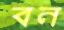
বন